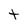
Character: t